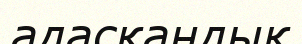
адасқандық